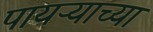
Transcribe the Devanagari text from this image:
पायऱ्याच्या